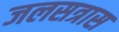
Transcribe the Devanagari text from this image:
जलसत्रास